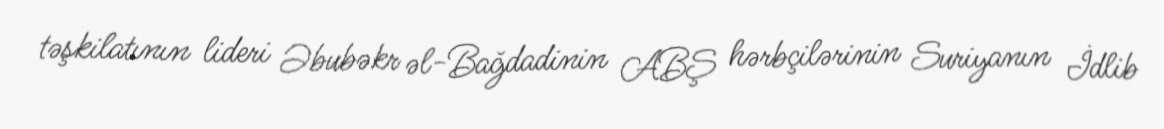
təşkilatının lideri Əbubəkr əl-Bağdadinin ABŞ hərbçilərinin Suriyanın İdlib